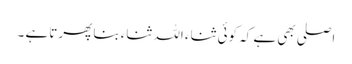
اصلی بھی ہے کہ کوئی ثناء اللہ ثناء بنا پھرتا ہے ۔